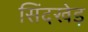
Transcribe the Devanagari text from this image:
सिंदखेड़